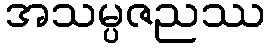
အသမ္ပဇညဿ